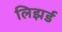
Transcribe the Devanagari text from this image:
लिझर्ड